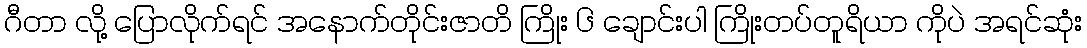
ဂီတာ လို့ ပြောလိုက်ရင် အနောက်တိုင်းဇာတိ ကြိုး ၆ ချောင်းပါ ကြိုးတပ်တူရိယာ ကိုပဲ အရင်ဆုံး